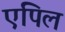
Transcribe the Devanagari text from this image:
एपिल